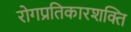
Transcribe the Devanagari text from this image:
रोगप्रतिकारशक्ति